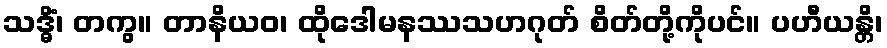
သဒ္ဓိံ၊ တကွ။ တာနိယဝ၊ ထိုဒေါမနဿသဟဂုတ် စိတ်တို့ကိုပင်။ ပဟီယန္တိ၊